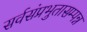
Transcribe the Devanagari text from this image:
सर्वसंप्रभुतासम्पन्न